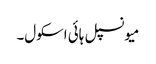
میونسپل ہائی اسکول۔